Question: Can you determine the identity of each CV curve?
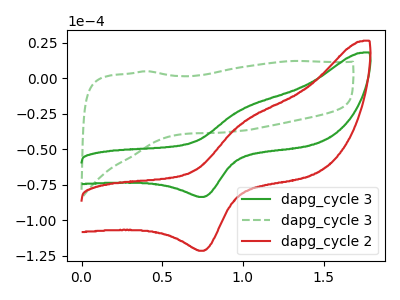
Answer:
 <answer>The green curve is labeled "dapg_cycle 3". The green dashed curve is labeled "dapg_cycle 3". The red curve is labeled "dapg_cycle 2".</answer>
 <eval></eval>